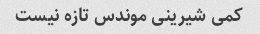
کمی شیرینی موندس تازه نیست